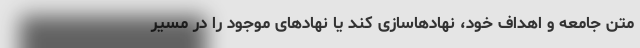
متن جامعه و اهداف خود، نهادهاسازی کند یا نهادهای موجود را در مسیر